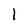
Character: I